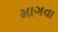
માગવા